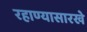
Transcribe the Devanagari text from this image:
रहाण्यासारखे